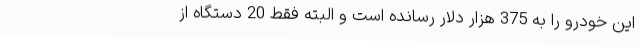
این خودرو را به 375 هزار دلار رسانده است و البته فقط 20 دستگاه از